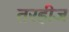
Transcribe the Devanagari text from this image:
तरहीज